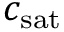
c _ { \mathrm { s a t } }